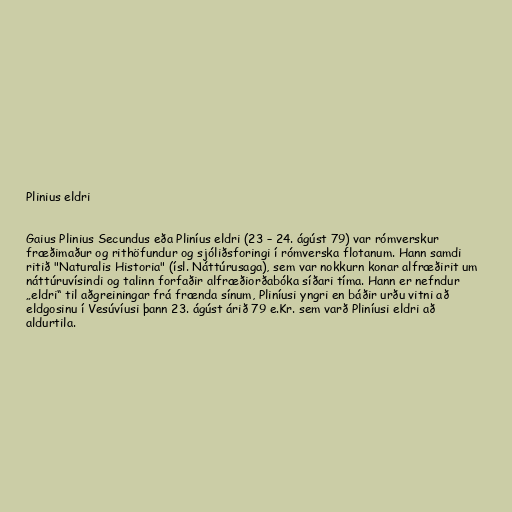
Plinius eldri

Gaius Plinius Secundus eða Pliníus eldri (23 – 24. ágúst 79) var rómverskur
fræðimaður og rithöfundur og sjóliðsforingi í rómverska flotanum. Hann samdi
ritið "Naturalis Historia" (ísl. Náttúrusaga), sem var nokkurn konar alfræðirit um
náttúruvísindi og talinn forfaðir alfræðiorðabóka síðari tíma. Hann er nefndur
„eldri“ til aðgreiningar frá frænda sínum, Pliníusi yngri en báðir urðu vitni að
eldgosinu í Vesúvíusi þann 23. ágúst árið 79 e.Kr. sem varð Pliníusi eldri að
aldurtila.